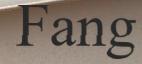
Fang